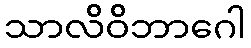
သာလိဝိဘာဂေါ